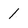
Character: 1